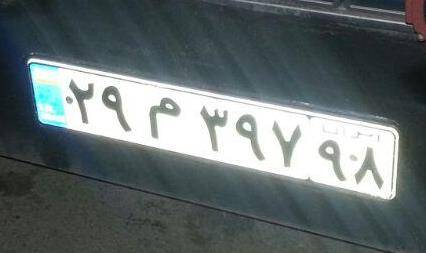
۲۹م۳۹۷۹۸